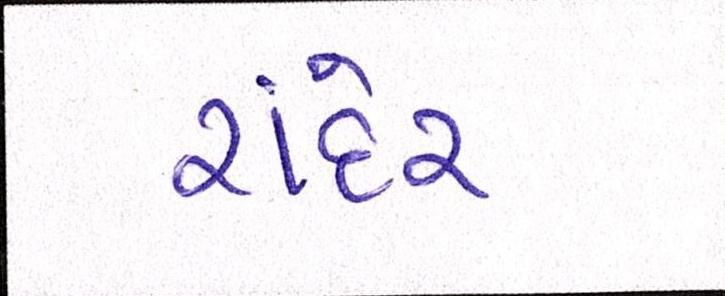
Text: રાંદેર